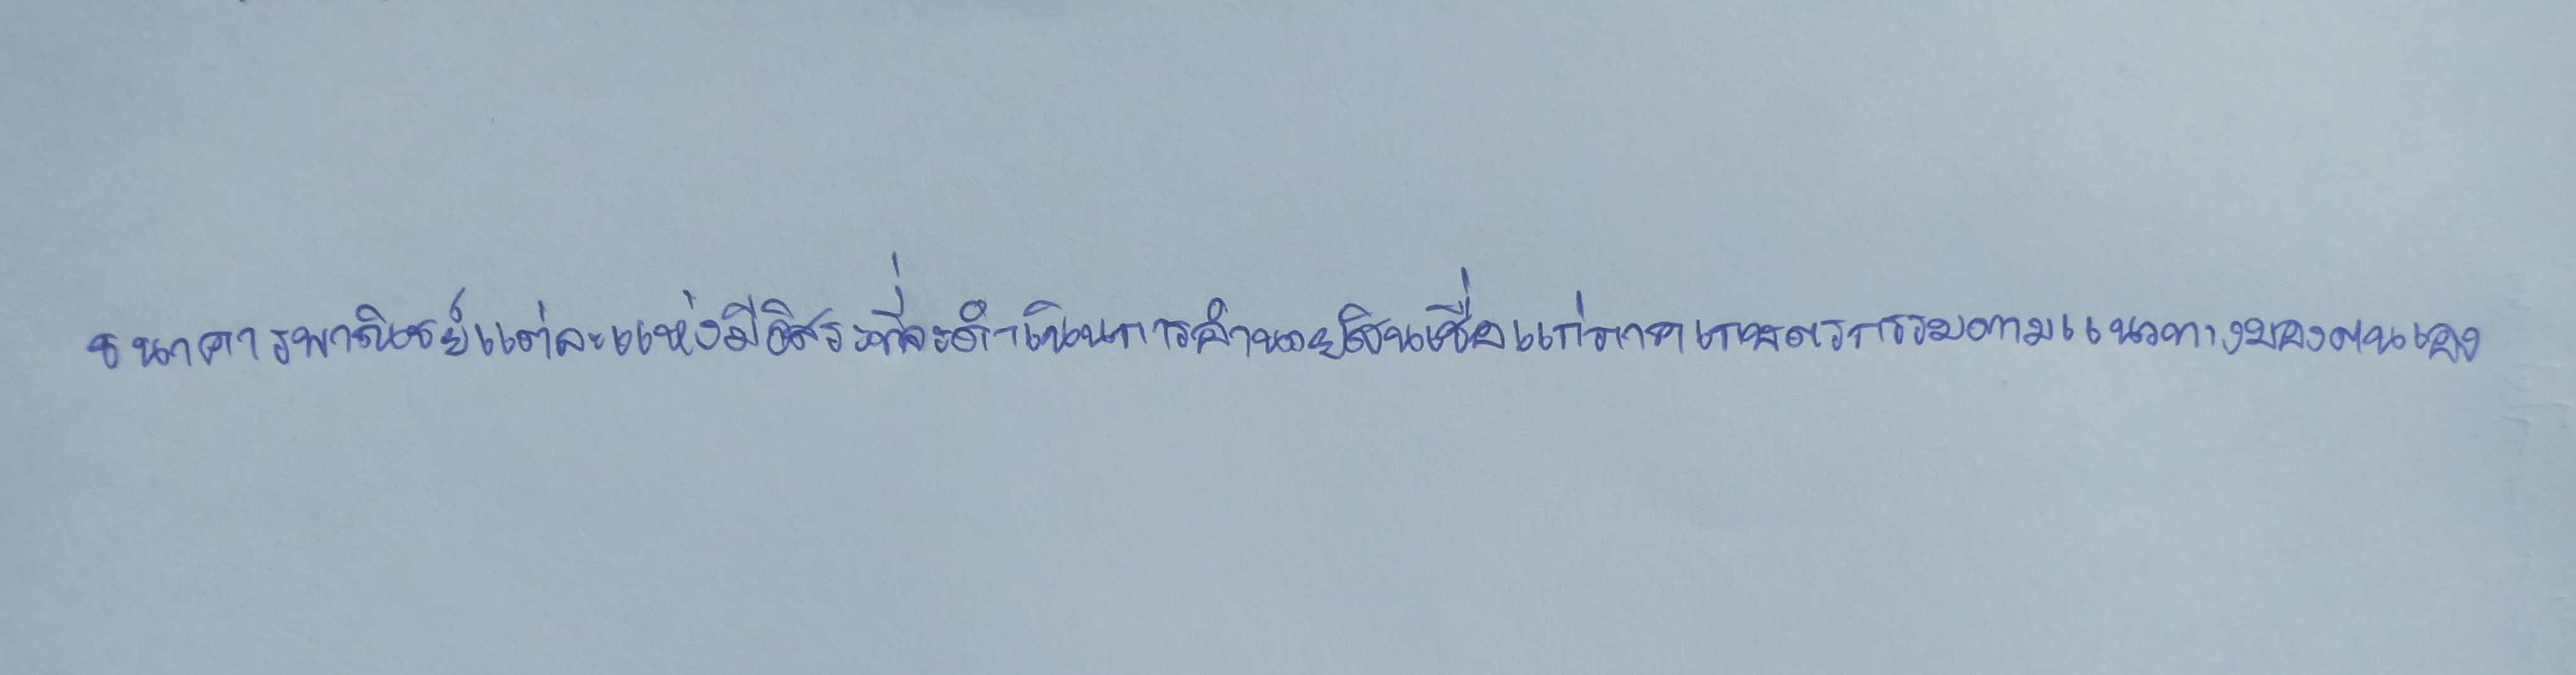
ธนาคารพาณิชย์แต่ละแห่งมีอิสระที่จะดำเนินกิจการอำนวยสินเชื่อแก่ภาคเกษตรกรรมตามแนวทางของตนเอง